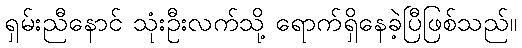
ရှမ်းညီနောင် သုံးဦးလက်သို့ ရောက်ရှိနေခဲ့ပြီဖြစ်သည်။